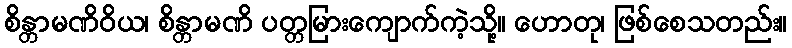
စိန္တာမဏိဝိယ၊ စိန္တာမဏိ ပတ္တမြားကျောက်ကဲ့သို့။ ဟောတု၊ ဖြစ်စေသတည်း။